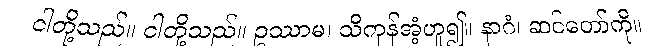
ငါတို့သည်။ ငါတို့သည်။ ဥဿာမ၊ သိကုန်အံ့ဟူ၍။ နာဂံ၊ ဆင်တော်ကို။